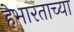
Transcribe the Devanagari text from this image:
हेभारताच्या